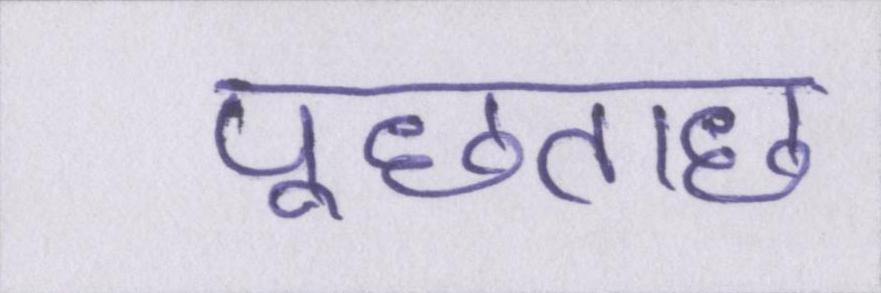
पूछताछ